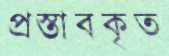
প্রস্তাবকৃত